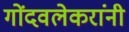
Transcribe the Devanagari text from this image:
गोंदवलेकरांनी